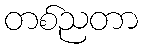
တစ်ညတာ